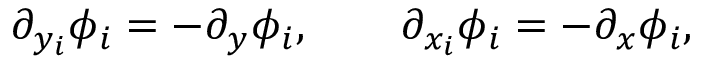
\partial _ { y _ { i } } \phi _ { i } = - \partial _ { y } \phi _ { i } , \qquad \partial _ { x _ { i } } \phi _ { i } = - \partial _ { x } \phi _ { i } ,